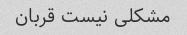
مشکلی نیست قربان